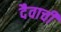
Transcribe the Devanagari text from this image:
दैवाची